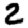
Digit: 2